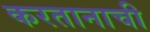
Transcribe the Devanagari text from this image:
करतानाची